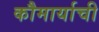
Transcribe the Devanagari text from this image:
कौमार्याची